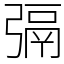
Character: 㣂